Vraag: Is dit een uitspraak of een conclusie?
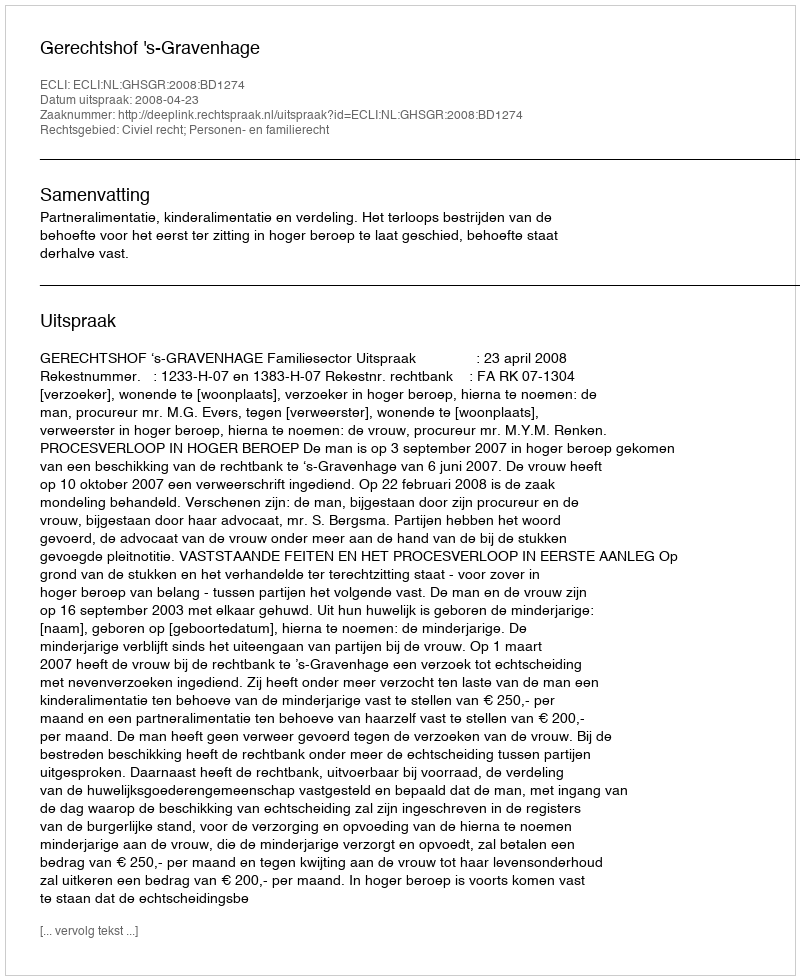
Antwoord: Uitspraak